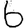
Digit: 6